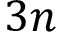
3 n